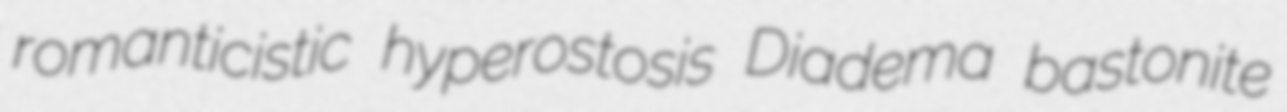
romanticistic hyperostosis Diadema bastonite